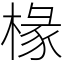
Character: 椽